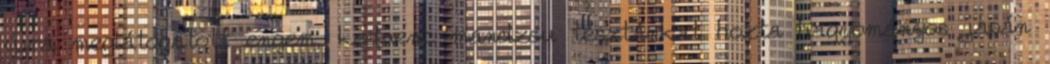
újra meglátogatott engem, kedvenc mandzsu tésztánkat hozta hagyományos japán